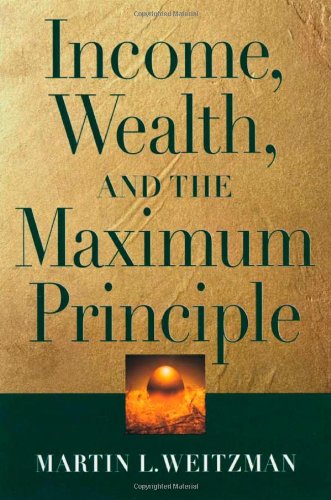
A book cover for Income, Wealth, and the Maximum Principle; Martin L. Weitzman; Business & Money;